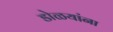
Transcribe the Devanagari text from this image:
डोळयांना